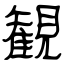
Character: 観